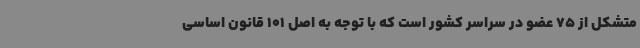
متشکل از 75 عضو در سراسر کشور است که با توجه به اصل 101 قانون اساسی